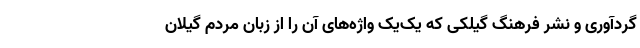
گردآوری و نشر فرهنگ گیلکی که یک‌یک واژه‌های آن را از زبان مردم گیلان